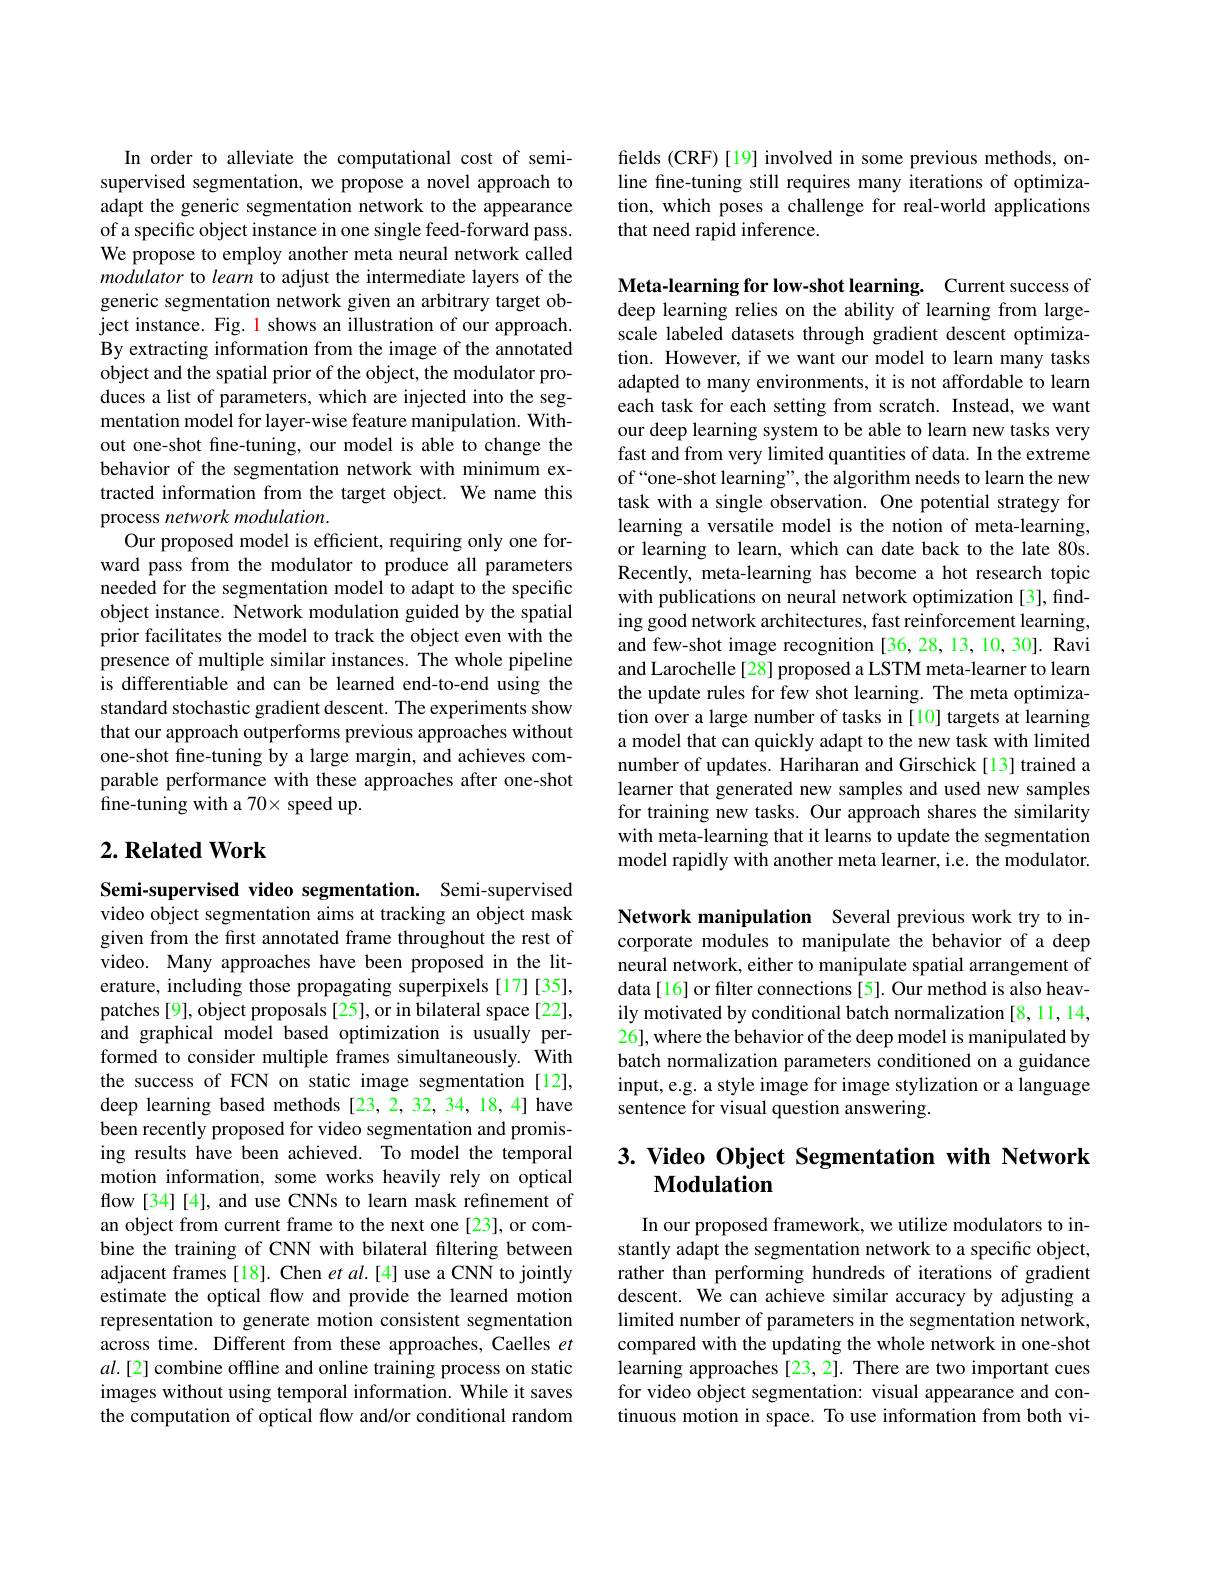
In order to alleviate the computational cost of semisupervised segmentation, we propose a novel approach to adapt the generic segmentation network to the appearance of a specific object instance in one single feed-forward pass. We propose to employ another meta neural network called modulator to learn to adjust the intermediate layers of the generic segmentation network given an arbitrary target object instance. Fig. 1 shows an illustration of our approach. By extracting information from the image of the annotated object and the spatial prior of the object, the modulator produces a list of parameters, which are injected into the segmentation model for layer-wise feature manipulation. Without one-shot fine-tuning, our model is able to change the behavior of the segmentation network with minimum extracted information from the target object. We name this process network modulation.
Our proposed model is efficient, requiring only one forward pass from the modulator to produce all parameters needed for the segmentation model to adapt to the specific object instance. Network modulation guided by the spatial prior facilitates the model to track the object even with the presence of multiple similar instances. The whole pipeline is differentiable and can be learned end-to-end using the standard stochastic gradient descent. The experiments show that our approach outperforms previous approaches without one-shot fine-tuning by a large margin, and achieves comparable performance with these approaches after one-shot fine-tuning with a 70× speed up.

## $2. \textbf{Related Work}$

Semi-supervised video segmentation. Semi-supervised video object segmentation aims at tracking an object mask given from the first annotated frame throughout the rest of video. Many approaches have been proposed in the literature, including those propagating superpixels [17][35], patches [9], object proposals [25], or in bilateral space [22], and graphical model based optimization is usually performed to consider multiple frames simultaneously. With the success of FCN on static image segmentation[12], deep learning based methods [23,2,32,34,18,4] have been recently proposed for video segmentation and promising results have been achieved. To model the temporal motion information, some works heavily rely on optical flow [34][4], and use CNNs to learn mask refinement of an object from current frame to the next one [23], or combine the training of CNN with bilateral filtering between adjacent frames[18]. Chen et al.[4] use a CNN to jointly estimate the optical flow and provide the learned motion representation to generate motion consistent segmentation across time. Different from these approaches, Caelles $et$ $al.[2]$ combine offline and online training process on static images without using temporal information. While it saves the computation of optical flow and/or conditional random

fields (CRF)[19] involved in some previous methods, online fine-tuning still requires many iterations of optimization, which poses a challenge for real-world applications that need rapid inference.

Meta-learning for low-shot learning. Current success of deep learning relies on the ability of learning from largescale labeled datasets through gradient descent optimization. However, if we want our model to learn many tasks adapted to many environments, it is not affordable to learn each task for each setting from scratch. Instead, we want our deep learning system to be able to learn new tasks very fast and from very limited quantities of data. In the extreme of“one-shot learning”, the algorithm needs to learn the new task with a single observation. One potential strategy for learning a versatile model is the notion of meta-learning, or learning to learn, which can date back to the late 80s. Recently, meta-learning has become a hot research topic with publications on neural network optimization[3], finding good network architectures, fast reinforcement learning, and few-shot image recognition [36,28,13,10,30]. Ravi and Larochelle[28] proposed a LSTM meta-learner to learn the update rules for few shot learning. The meta optimization over a large number of tasks in [10] targets at learning a model that can quickly adapt to the new task with limited number of updates. Hariharan and Girschick[13] trained a learner that generated new samples and used new samples for training new tasks. Our approach shares the similarity with meta-learning that it learns to update the segmentation model rapidly with another meta learner, i.e. the modulator.

Network manipulation Several previous work try to incorporate modules to manipulate the behavior of a deep neural network, either to manipulate spatial arrangement of data[16] or filter connections[5]. Our method is also heavily motivated by conditional batch normalization [8,11,14, 26], where the behavior of the deep model is manipulated by batch normalization parameters conditioned on a guidance input, e.g. a style image for image stylization or a language sentence for visual question answering.

# 3. Video Object Segmentation with Network Modulation

In our proposed framework, we utilize modulators to instantly adapt the segmentation network to a specific object, rather than performing hundreds of iterations of gradient descent. We can achieve similar accuracy by adjusting a limited number of parameters in the segmentation network, compared with the updating the whole network in one-shot learning approaches [23, 2]. There are two important cues for video object segmentation: visual appearance and continuous motion in space. To use information from both vi-